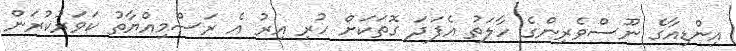
އިންޑިއާގެ ނޫސްވެރިންގެ ހާލަތު އެފަދަ ގޮތަކަށް ހުރި އިރު އެ ރަސްމިއްޔާތު ކަވަރުކުރަން